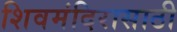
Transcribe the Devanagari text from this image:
शिवमंदिरासाठी